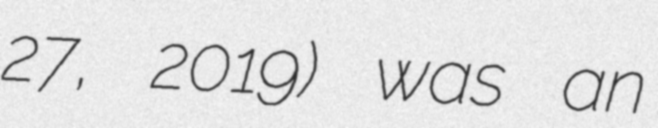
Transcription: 27, 2019) was an